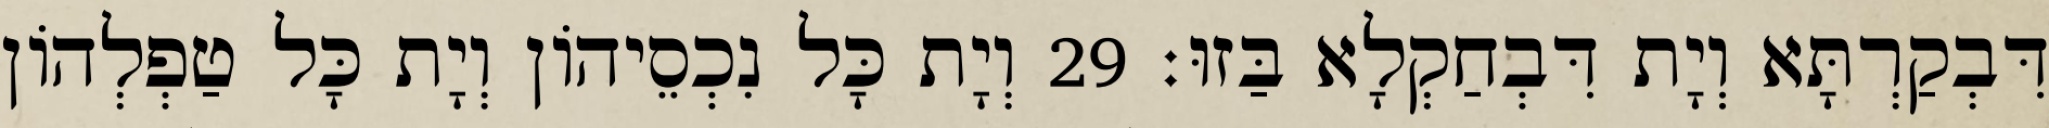
דִּבְקַרְתָּא וְיָת דִּבְחַקְלָא בַּזוּ׃ 29 וְיָת כָּל נִכְסֵיהוֹן וְיָת כָּל טַפְלְהוֹן